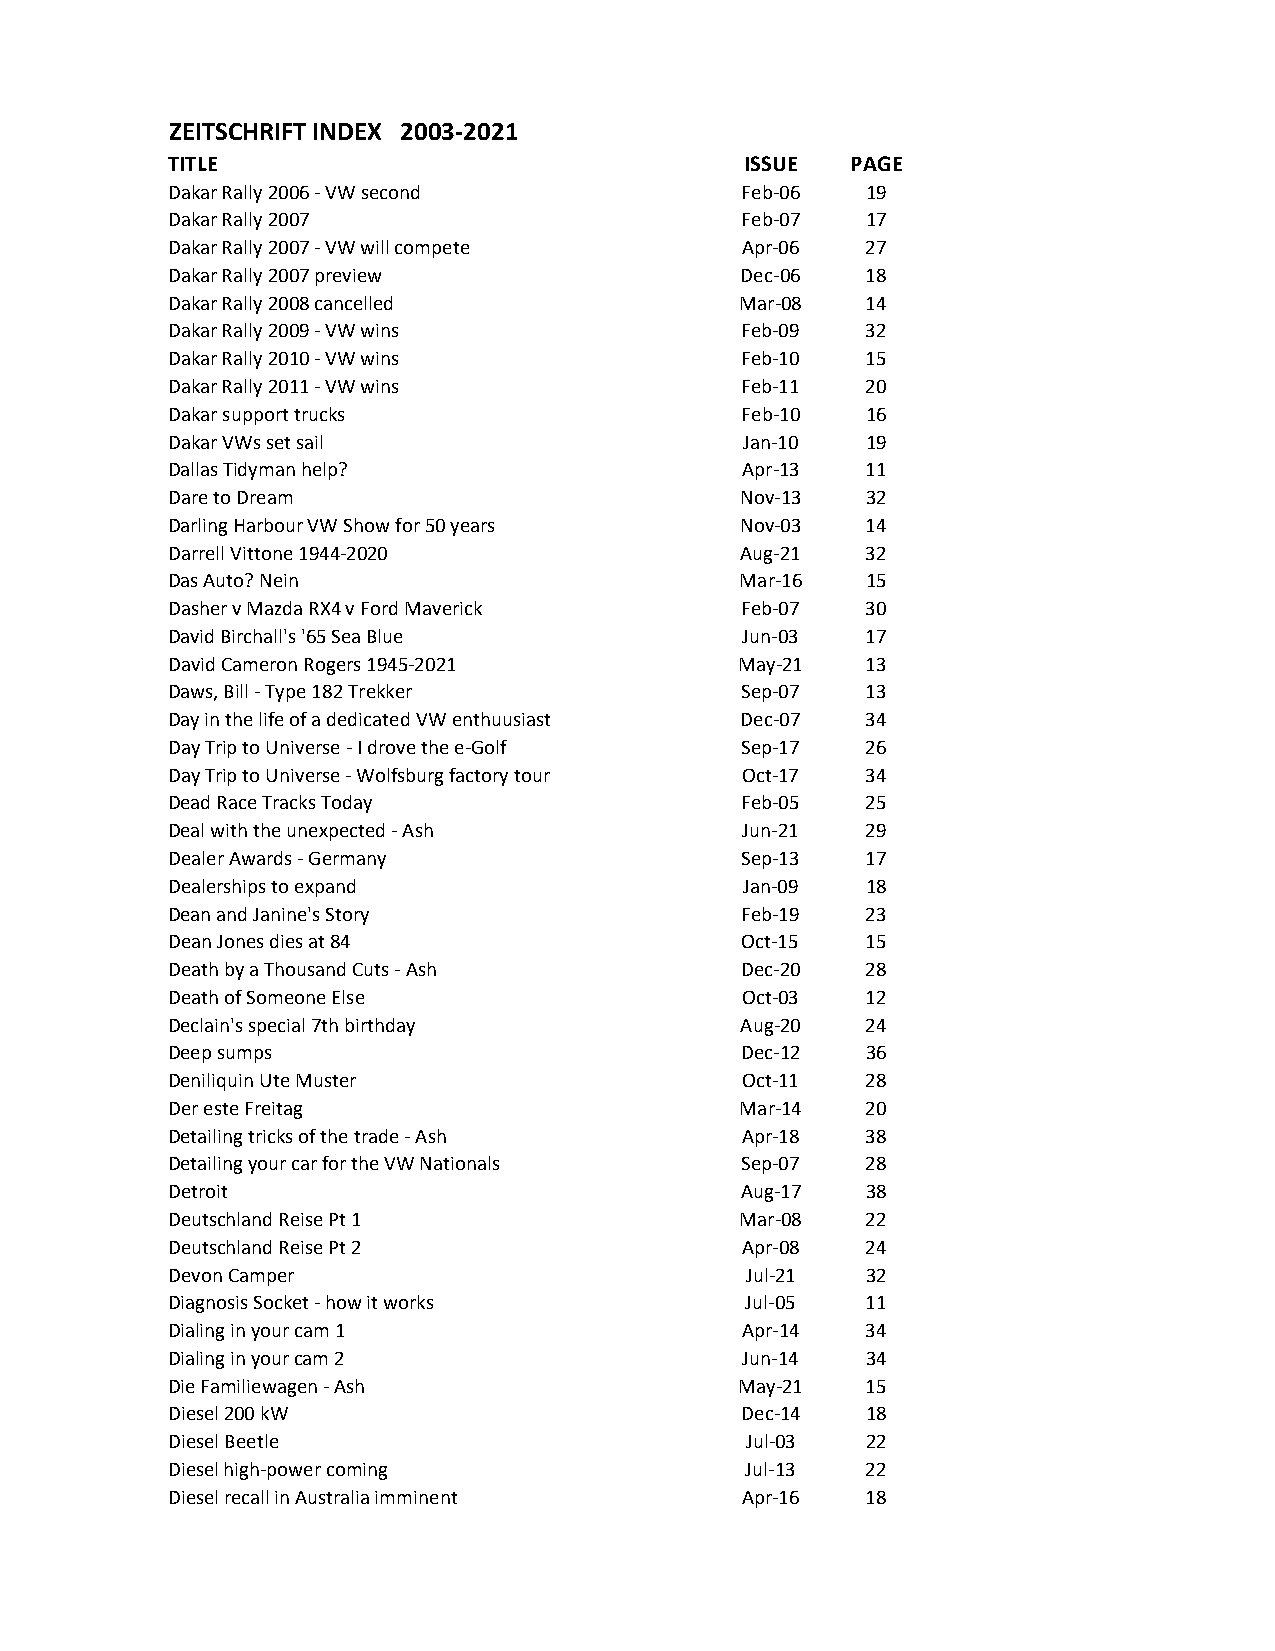
ZEITSCHRIFT INDEX 2003-2021
 TITLE                                 ISSUE  PAGE
 Dakar Rally 2006 - VW second          Feb-06  19
 Dakar Rally 2007                      Feb-07  17
 Dakar Rally 2007 - VW will compete    Apr-06  27
 Dakar Rally 2007 preview              Dec-06  18
 Dakar Rally 2008 cancelled            Mar-08  14
 Dakar Rally 2009 - VW wins            Feb-09  32
 Dakar Rally 2010 - VW wins            Feb-10  15
 Dakar Rally 2011 - VW wins            Feb-11  20
 Dakar support trucks                  Feb-10  16
 Dakar VWs set sail                    Jan-10  19
 Dallas Tidyman help?                  Apr-13  11
 Dare to Dream                         Nov-13  32
 Darling Harbour VW Show for 50 years  Nov-03  14
 Darrell Vittone 1944-2020             Aug-21  32
 Das Auto? Nein                        Mar-16  15
 Dasher v Mazda RX4 v Ford Maverick    Feb-07  30
 David Birchall's '65 Sea Blue         Jun-03  17
 David Cameron Rogers 1945-2021        May-21  13
 Daws, Bill - Type 182 Trekker         Sep-07  13
 Day in the life of a dedicated VW enthuusiast Dec-07 34
 Day Trip to Universe - I drove the e-Golf Sep-17 26
 Day Trip to Universe - Wolfsburg factory tour Oct-17 34
 Dead Race Tracks Today                Feb-05  25
 Deal with the unexpected - Ash        Jun-21  29
 Dealer Awards - Germany               Sep-13  17
 Dealerships to expand                 Jan-09  18
 Dean and Janine's Story               Feb-19  23
 Dean Jones dies at 84                 Oct-15  15
 Death by a Thousand Cuts - Ash        Dec-20  28
 Death of Someone Else                 Oct-03  12
 Declain's special 7th birthday        Aug-20  24
 Deep sumps                            Dec-12  36
 Deniliquin Ute Muster                 Oct-11  28
 Der este Freitag                      Mar-14  20
 Detailing tricks of the trade - Ash   Apr-18  38
 Detailing your car for the VW Nationals Sep-07 28
 Detroit                               Aug-17  38
 Deutschland Reise Pt 1                Mar-08  22
 Deutschland Reise Pt 2                Apr-08  24
 Devon Camper                          Jul-21  32
 Diagnosis Socket - how it works       Jul-05  11
 Dialing in your cam 1                 Apr-14  34
 Dialing in your cam 2                 Jun-14  34
 Die Familiewagen - Ash                May-21  15
 Diesel 200 kW                         Dec-14  18
 Diesel Beetle                         Jul-03  22
 Diesel high-power coming              Jul-13  22
 Diesel recall in Australia imminent   Apr-16  18